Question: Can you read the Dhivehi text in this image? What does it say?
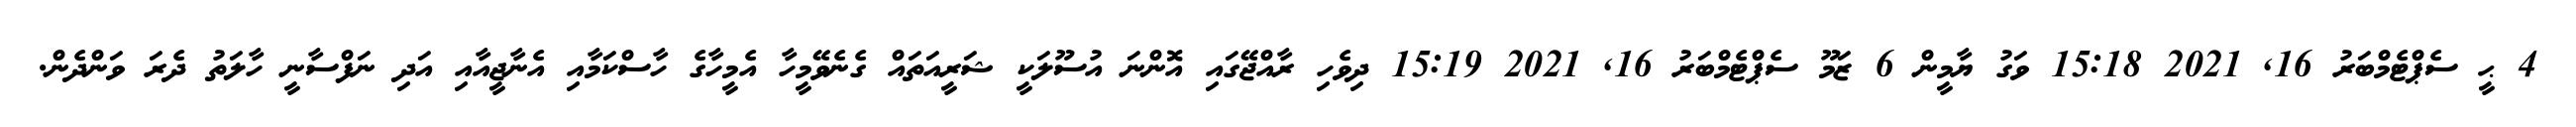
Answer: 4 ޙީ ސެޕްޓެމްބަރު 16, 2021 15:18 ވަގު ޔާމީން 6 ޒަމޫ ސެޕްޓެމްބަރު 16, 2021 15:19 ދިވެހި ރާއްޖޭގައި އޮންނަ އުސޫލަކީ ޝަރީއަތައް ގެނެވޭމީހާ އެމީހާގެ ހާސްކަމާއި އެނާޖީއާއި އަދި ނަފްސާނީ ހާލަތު ދެރަ ވަންދެން.